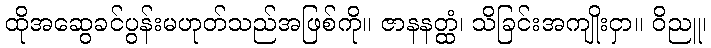
ထိုအဆွေခင်ပွန်းမဟုတ်သည်အဖြစ်ကို။ ဇာနနတ္ထံ၊ သိခြင်းအကျိုးငှာ။ ဝိညူ၊